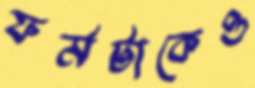
ফর্মটাকেও